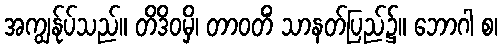
အကျွန်ုပ်သည်။ တိဒိဝမှိ၊ တာဝတိံ သာနတ်ပြည်၌။ ဘောဂါ စ၊